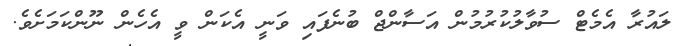
ލައުރާ އެމެޓް ސުވާލުކުރުމުން އަސާންޖް ބުނެފައި ވަނީ އެކަން ވީ އެހެން ނޫންކަމަށެވެ.